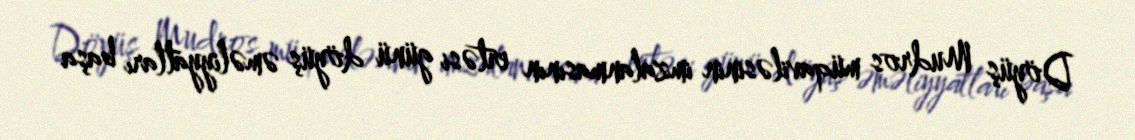
Döyüş Mudros müqaviləsinin imzalanmasının ertəsi günü döyüş əməliyyatları başa